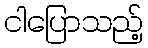
ငါပြောသည့်